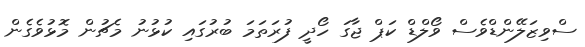
ސްވިޒަލޭންޑްވެސް ވޯލްޑް ކަޕް ޖާގަ ހޯދީ ފުރަތަމަ ބުރުގައި ކުޅުނު މެޗުން މޮޅުވެގެން